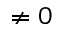
\neq 0